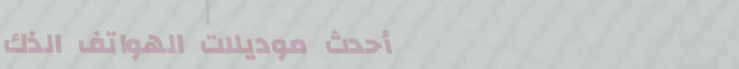
أحدث موديلات الهواتف الذك